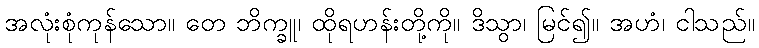
အလုံးစုံကုန်သော။ တေ ဘိက္ခူ၊ ထိုရဟန်းတို့ကို။ ဒိသွာ၊ မြင်၍။ အဟံ၊ ငါသည်။